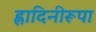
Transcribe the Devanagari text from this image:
ह्लादिनीरूपा